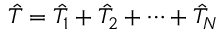
\hat { T } = \hat { T } _ { 1 } + \hat { T } _ { 2 } + \dots + \hat { T } _ { N }